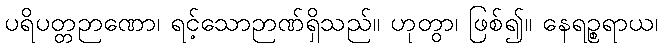
ပရိပတ္တဉာဏော၊ ရင့်သောဉာဏ်ရှိသည်။ ဟုတွာ၊ ဖြစ်၍။ နေရဉ္စရာယ၊